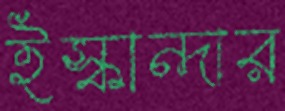
ইস্কান্দার